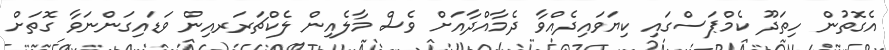
އެގޮތުން ހިތަދޫ ކެމްޕަސްގައި ކިޔަވައިދެއްވާ ދެމާއްދާއަށް ވެސް މާލެއިން ލެކްޗަރަރއިން ވަޑައިގަންނަވާ ގޮތަށް